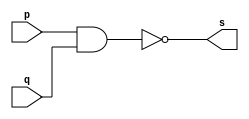
// ---------------------
// Guia 02_01 
// Nome: Thaise Souto Martins
// ---------------------


// ---------------------
// -- nand gate 
// ---------------------

module nandgate (s, p, q);
 output s;
 input  p, q;

 assign s = ~(p & q);

endmodule // nandgate


// ---------------------
// -- or gate with nand
// ---------------------

module orgate (s0, p, q);
 output s0;
 wire s1, s2;
 input  p, q;

 nandgate NAND1 (s1, p, p);
 nandgate NAND2 (s2, q, q);
 nandgate NAND3 (s0, s1, s2);

endmodule // orgate


// --------------------------
// -- test or gate with nand
// --------------------------

module testorgate;
 reg   a, b;             
 wire  s;
          // instancia
 orgate OR1 (s, a, b);

 initial begin:start
      a=0; b=0;
 end

          // parte principal
 initial begin:main
      $display("Guia 02_01 - Thaise Souto Martins - 395504");
      $display("Test OR gate");
      $display("\n~(~a & ~b) = s\n");
      $monitor("~(~%b & ~%b) = %b", a, b, s);
  #1  a=0; b=1; 
  #1  a=1; b=0; 
  #1  a=1; b=1; 
  
 end

endmodule // testorgate